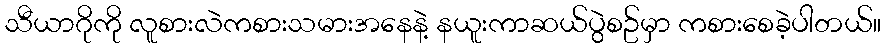
သီယာဂိုကို လူစားလဲကစားသမားအနေနဲ့ နယူးကာဆယ်ပွဲစဥ်မှာ ကစားစေခဲ့ပါတယ်။